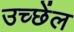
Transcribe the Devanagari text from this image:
उच्छेंल